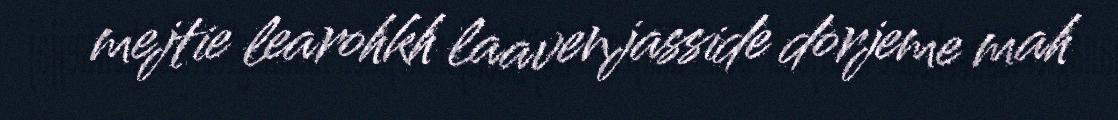
mejtie learohkh laavenjasside dorjeme mah